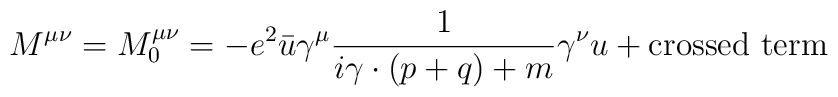
M^{\mu\nu}=M_0^{\mu\nu}=-e^2\bar{u}\gamma^\mu\frac{1}{i\gamma\cdot(p+q)+m}\gamma^\nu u+\mbox{crossed term}